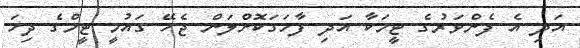
އަދި އެ ފެންވަރުގެ ޓީމަކާ އަދި ފާހަގަކޮށްލަން ޖެހޭ ގައުމީ ޓީމްގެ ދިހަ